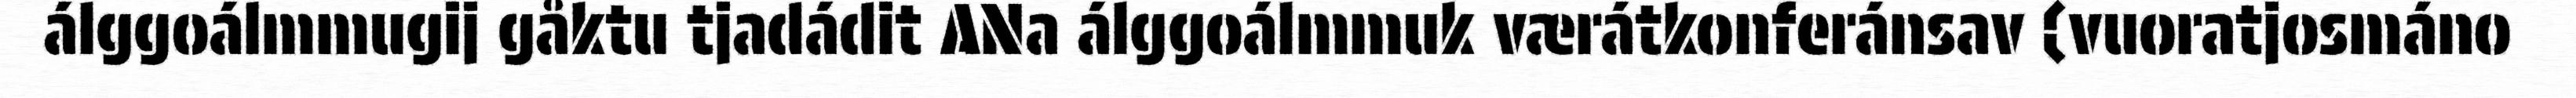
álggoálmmugij gåktu tjadádit ANa álggoálmmuk værátkonferánsav (vuoratjosmáno